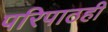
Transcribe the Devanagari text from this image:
परिपाठही